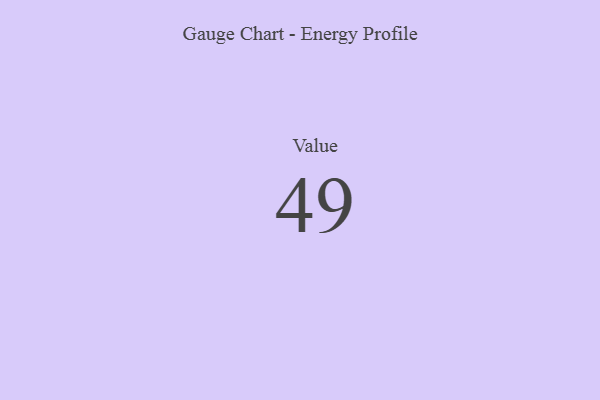
{"axis": {"x": "Metric", "y": "Value"}, "legend": [""], "data": [{"x": "Value", "y": 49, "type": ""}]}